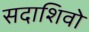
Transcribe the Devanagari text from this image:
सदाशिवो